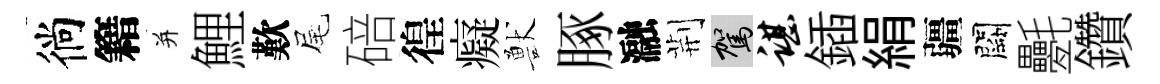
徜籍并鯉歎尾碚徨癡獸䐁瀜荆駕谌鍤絹疆闕氎鑽